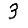
Digit: 3